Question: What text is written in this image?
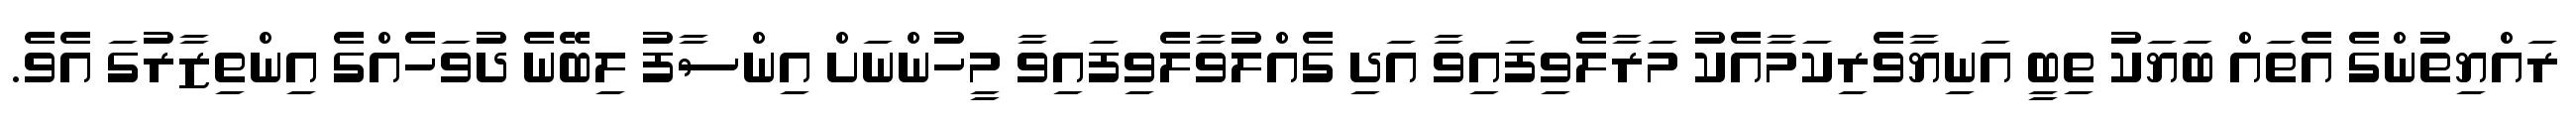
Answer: ރައްޔިތުންގެ އެތައް ބަޔަކު ތިބީ އަނިޔާވެރިކަަމާއެކު މަރާލެވިފައިވާ އަދި ގެއްލުވާލެވިފައިވާ މީހުންނަށް އިންސާފު ލިބޭނެ ދުވަހެއްގެ އިންތިޒާރުގަ އެވެ.